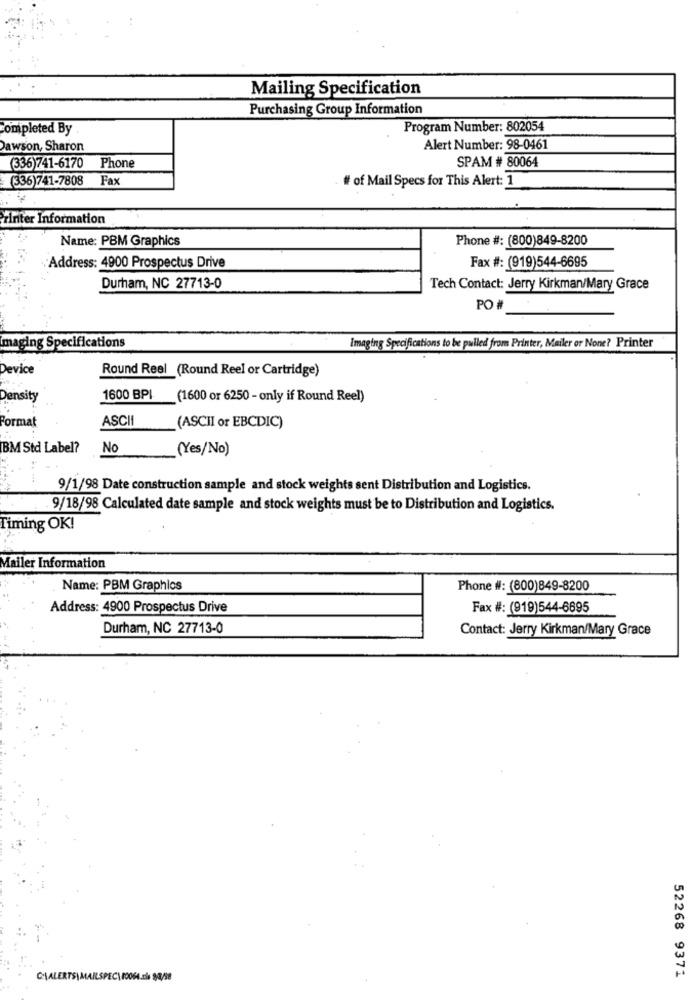
Mailing Specification
Purchasing Group Information
completed By
Program Number: 802054
Dawson, Sharon
Alert Number: 98-0461
SPAM # 80064
(336)741-6170 Phone
(336)741-7808 Fax
# of Mail Specs for This Alert: 1
zinter Information
Name: PBM Graphics
Phone #: (800)849-8200
Fax #: (919)544-6695
Address: 4900 Prospectus Drive
Durham, NC 27713-0
Tech Contact: Jerry Kirkman/Mary Grace
PO #
imaging Specifications
Imaging Specifications to be pulled from Printer, Mailer or None? Printer
Device
Round Reel (Round Reel or Cartridge)
Density
1600 BPI
(1600 or 6250 - only if Round Reel)
Format
ASCII
(ASCII or EBCDIC)
BM Std Label?
No
(Yes/No)
9/1/98 Date construction sample and stock weights sent Distribution and Logistics.
9/18/98 Calculated date sample and stock weights must be to Distribution and Logistics.
Timing OK!
Mailer Information
Name: PBM Graphics
Phone #: (800)849-8200
Address: 4900 Prospectus Drive
Fax #: (919)544-6695
Durham, NC 27713-0
Contact: Jerry Kirkman/Mary Grace
52268 9371
CLALERTS\ MAILSPEC\10064.cis 93/98